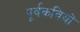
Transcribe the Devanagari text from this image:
पूर्वकवियों